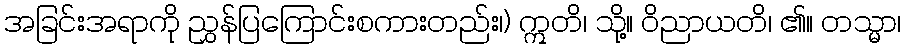
အခြင်းအရာကို ညွှန်ပြကြောင်းစကားတည်း၊) ဣတိ၊ သို့။ ဝိညာယတိ၊ ၏။ တသ္မာ၊